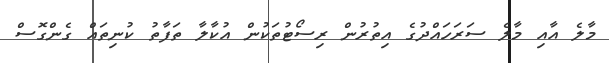
މާލެ އާއި މާލެ ސަރަހައްދުގެ އިތުރުން ރިސޯޓުތަކުން އުކާލާ ތަފާތު ކުނިތައް ގެންގޮސް